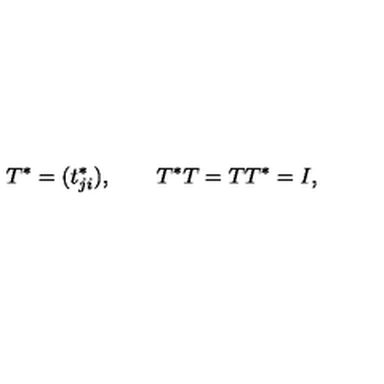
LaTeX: T ^ { * } = ( t _ { j i } ^ { * } ) , \qquad T ^ { * } T = T T ^ { * } = I ,